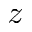
z